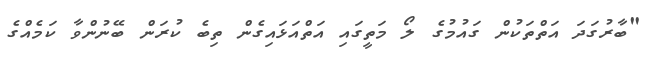
"ބާރުގަދަ އަތްތަކުން ގައުމުގެ ލޯ މަތީގައި އަތްއަޅައިގެން ތިބެ ކުރަން ބޭނުންވާ ކަމެއްގެ